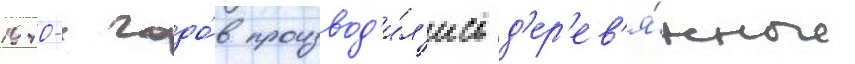
1940-х годо́в производ'и́л'ись д'ер'ев'я́нные